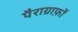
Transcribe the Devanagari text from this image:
पैराग्राफ़ों